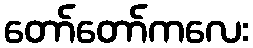
တော်တော်ကလေး